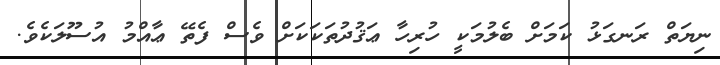
ނިޔަތް ރަނގަޅު ކަމަށް ބެލުމަކީ ހުރިހާ ޢަޤުދުތަކަކަށް ވެސް ފެތޭ ޢާއްމު އުސޫލަކެވެ.